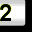
Digit: 2